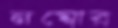
নম্বোর